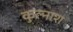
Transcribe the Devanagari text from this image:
कुल्नाश